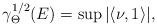
LaTeX: \begin{align*}\gamma_\Theta^{1/2}(E) =\sup|\langle\nu,1\rangle|,\end{align*}